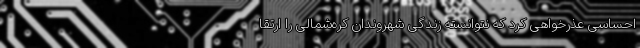
احساسی عذرخواهی کرد که نتوانسته زندگی شهروندان کره‌شمالی را ارتقا